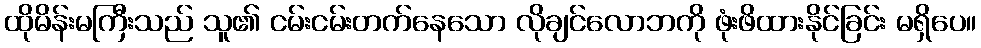
ထိုမိန်းမကြီးသည် သူ၏ ငမ်းငမ်းတက်နေသော လိုချင်လောဘကို ဖုံးဖိထားနိုင်ခြင်း မရှိပေ။